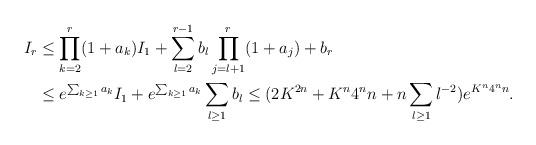
LaTeX: \begin{align*}I_r &\leq \prod_{k=2}^{r}(1+a_k)I_1+\sum_{l=2}^{r-1}b_l\prod_{j=l+1}^{r}(1+a_j)+b_r\\& \leq e^{\sum_{k\geq 1}a_k} I_1 + e^{\sum_{k\geq 1}a_k} \sum_{l\geq 1}b_l \leq (2K^{2n}+K^n 4^nn+n\sum_{l\geq 1}l^{-2})e^{K^n4^nn}.\end{align*}